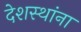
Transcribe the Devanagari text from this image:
देशस्थांना